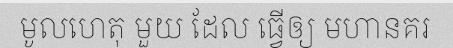
មូលហេតុ មួយ ដែល ធ្វើឲ្យ មហានគរ